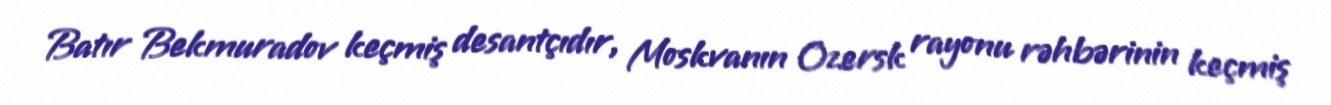
Batır Bekmuradov keçmiş desantçıdır, Moskvanın Ozersk rayonu rəhbərinin keçmiş